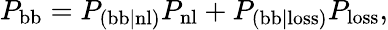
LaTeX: P_{\mathrm{bb}}=P_{\mathrm{(bb|nl)}}P_{\mathrm{nl}}+P_{\mathrm{(bb|loss)}}P_{\mathrm{loss}},